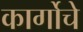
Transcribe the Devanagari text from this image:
कार्गोचे